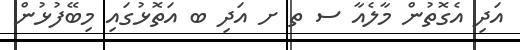
އަދި އެގޮތުން މާލެއާ ސ ތ ށ އަދި ބ އަތޮޅުގައި މިބޭފުޅުން